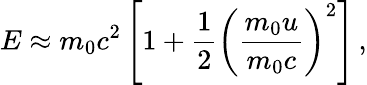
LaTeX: E\approx m_{0}c^{2}\left[1+{\frac{1}{2}}\left({\frac{m_{0}u}{m_{0}c}}\right)^{2}\right]\, ,